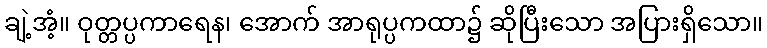
ချဲ့အံ့။ ဝုတ္တပ္ပကာရေန၊ အောက် အာရုပ္ပကထာ၌ ဆိုပြီးသော အပြားရှိသော။